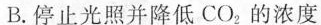
B.停止光照并降低CO_{2}，的浓度